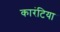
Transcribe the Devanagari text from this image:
कारंटिया